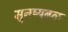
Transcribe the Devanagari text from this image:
मुनष्यबळ